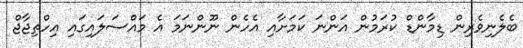
ބެލެނިވެރިން ޑިމާންޑް ކުރަމުން އަންނަ ކަމަށާއި އެހެން ނޫންނަމަ އެ މައްސަލައިގައި އިހްތިޖާޖް